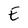
Character: E